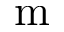
\mathrm { m }